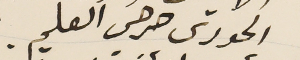
الحورى حرحس العلم